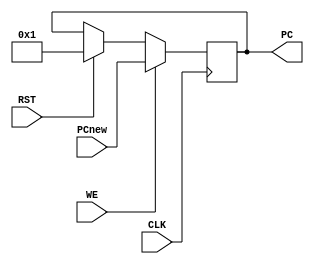
`timescale 1ns / 1ps
//////////////////////////////////////////////////////////////////////////////////
// 
// Design Name: 	 Program Counter Register
// Module Name:    pc_reg 
// Project Name: 	 SUBLEQ-OISC
//////////////////////////////////////////////////////////////////////////////////
module pc_reg(
    input [7:0] PCnew,
    output [7:0] PC,
    input WE,
	 input RST,
	 input CLK
    );
reg [7:0] PCinternal;

always @(posedge CLK)
//on the positive edge of the clock
begin
	//if reset signal is asserted, go back to Instruction 1
	//(instruction 0 is a HLT instruction)
	if (RST)
	PCinternal <= 8'b1;
	if (WE) 		
	//if WE is held high, update the value of PC
	PCinternal <= PCnew;
end

//PC (the output) mirrors the internal registers.
assign PC =PCinternal;

endmodule